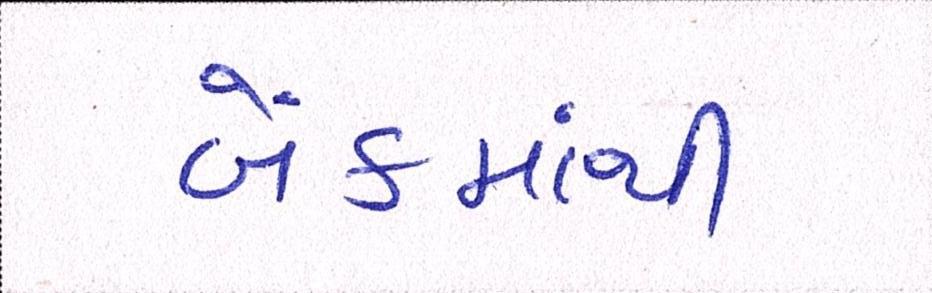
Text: બેંકમાંથી